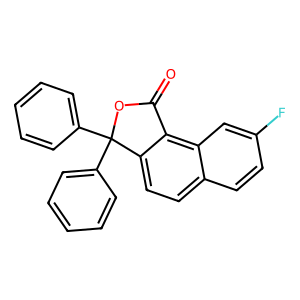
SMILES: O=C1OC(c2ccccc2)(c2ccccc2)c2ccc3ccc(F)cc3c21
Inhibits HIV replication: No